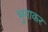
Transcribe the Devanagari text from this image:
भुनाकर